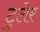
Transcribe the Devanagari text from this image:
टुलेर